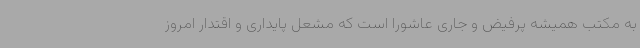
به مکتب همیشه پرفیض و جاری عاشورا است که مشعل پایداری و اقتدار امروز